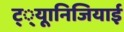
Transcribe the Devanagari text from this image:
ट््यूानिजियाई